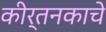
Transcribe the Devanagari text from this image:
कीर्तनकाचे